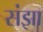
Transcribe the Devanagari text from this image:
संझा